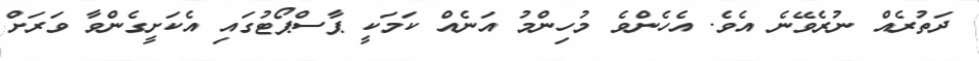
ދަތުރެއް ނުރެވޭނެ އެވެ. އެހެންވެ މުހިންމު އަނެއް ކަމަކީ ޕާސްޕޯޓުގައި އެކަށީގެންވާ ވަރަށް